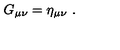
G _ { \mu \nu } = \eta _ { \mu \nu } \ .